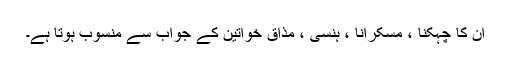
ان کا چہکنا ، مسکرانا ، ہنسی ، مذاق خواتین کے جواب سے منسوب ہوتا ہے۔